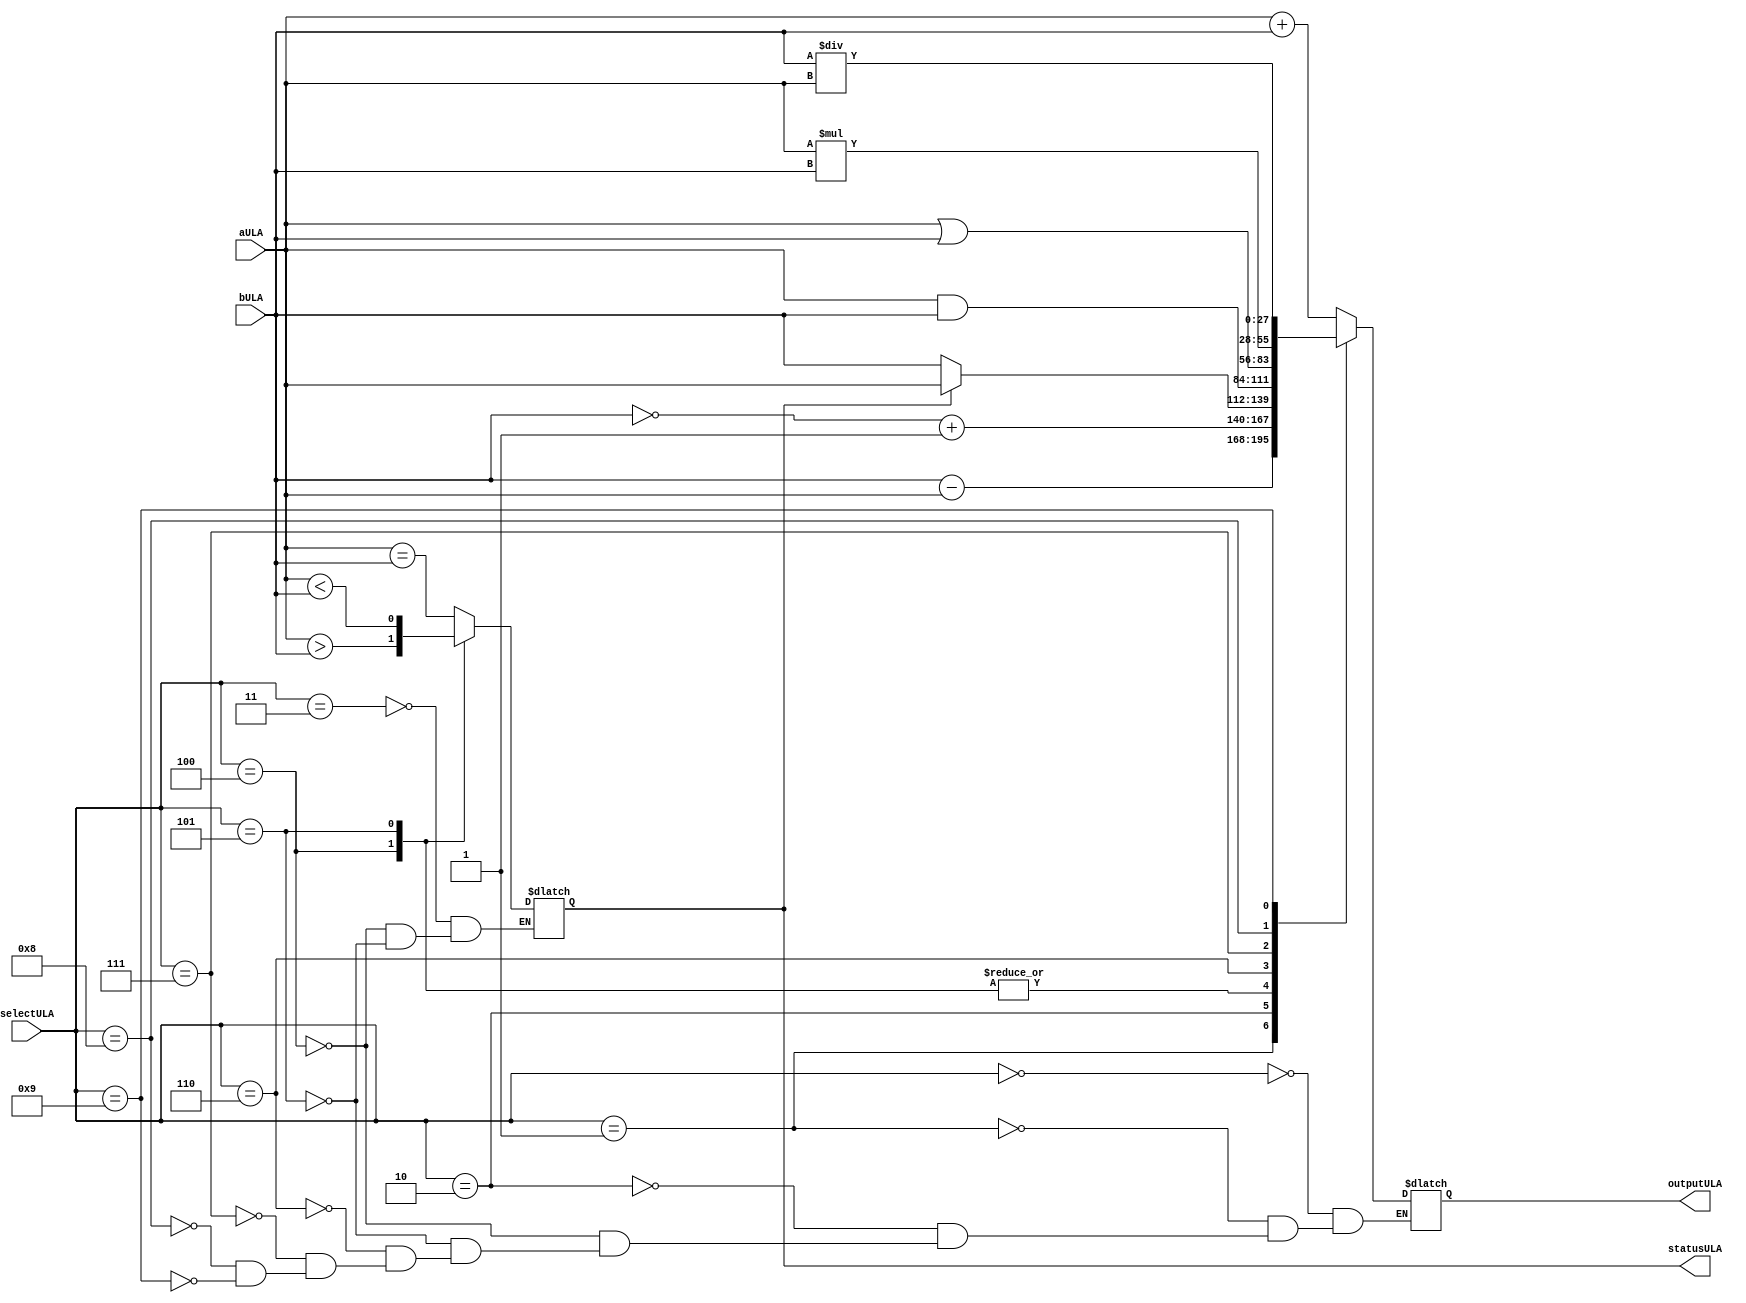
module ULA (aULA, bULA, selectULA, outputULA, statusULA);
  input wire signed [27:0] aULA;
  input wire signed [27:0] bULA;
  input wire [3:0] selectULA;
  output reg signed [27:0] outputULA;
  output reg statusULA;

  parameter
    ADD = 4'b0000,
    SUB = 4'b0001,
    COMP = 4'b0010,
    IGUAL = 4'b0011,
    MAIOR = 4'b0100,
    MENOR = 4'b0101,
    AND = 4'b0110,
    OR = 4'b0111,
    MULT = 4'b1000,
    DIV = 4'b1001;

  always @(*) begin
    case(selectULA)
      ADD: outputULA <= aULA + bULA;
      SUB: outputULA <= bULA - aULA;
      COMP: outputULA <= (~bULA) + 27'd1;
      IGUAL: statusULA <= aULA == bULA;
      MAIOR: begin
        statusULA <= aULA > bULA;
        outputULA <= statusULA ? aULA : bULA;
      end
      MENOR: begin
        statusULA <= aULA < bULA;
        outputULA <= statusULA ? aULA : bULA;
      end
      AND: outputULA <= aULA & bULA;
      OR: outputULA <= aULA | bULA;
      MULT: outputULA <= aULA * bULA;
      DIV: outputULA <= bULA / aULA;
    endcase
  end
endmodule